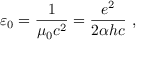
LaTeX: \varepsilon _ { 0 } = { \frac { 1 } { \mu _ { 0 } c ^ { 2 } } } = { \frac { e ^ { 2 } } { 2 \alpha h c } } \ ,